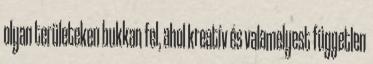
olyan területeken bukkan fel, ahol kreatív és valamelyest független